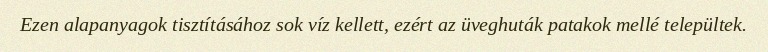
Ezen alapanyagok tisztításához sok víz kellett, ezért az üveghuták patakok mellé települtek.